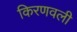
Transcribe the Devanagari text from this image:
किरणवली